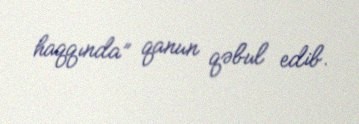
haqqında” qanun qəbul edib.